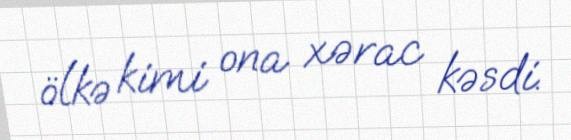
ölkə kimi ona xərac kəsdi.